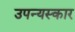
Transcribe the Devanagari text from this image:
उपन्यस्कार